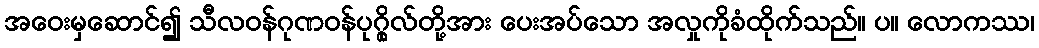
အဝေးမှဆောင်၍ သီလဝန်ဂုဏဝန်ပုဂ္ဂိုလ်တို့အား ပေးအပ်သော အလှုကိုခံထိုက်သည်။ ပ။ လောကဿ၊